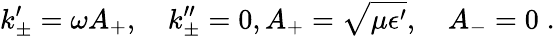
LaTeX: k_{\pm}^{\prime}=\omega A_{+},\quad k_{\pm}^{\prime\prime}=0,A_{+}=\sqrt{\mu\epsilon^{\prime}},\quad A_{-}=0\; .